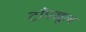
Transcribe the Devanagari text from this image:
टाँगखुल